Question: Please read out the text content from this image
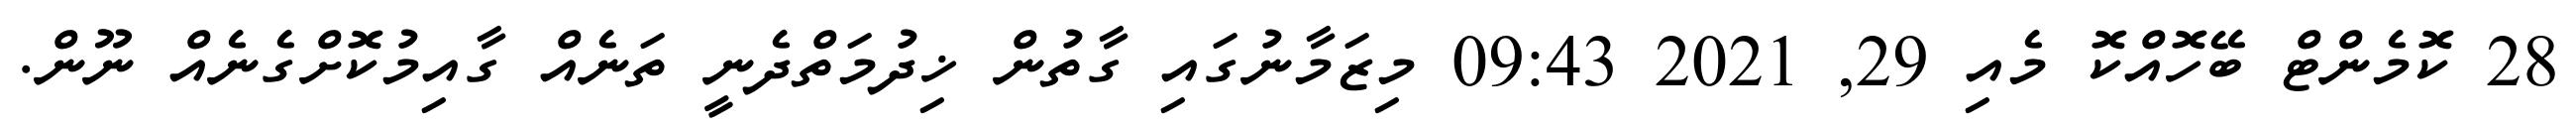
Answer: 28 ކޮމެންޓް ބޭހޮއްކޮ މެއި 29, 2021 09:43 މިޒަމާނުގައި ގާތުން ޚިދުމަތްދެނީ ތަނެއް ގާއިމުކޮށްގެނެއް ނޫން.